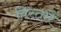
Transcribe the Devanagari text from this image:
विस्तारै